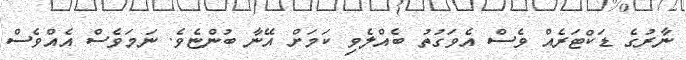
ނާރުގެ ޑަކްޓަރެއް ވެސް އެވަގުތު ބެއްލެވި ކަމަށް އޭނާ ބުންޏެވެ. ނަމަވެސް އެއްވެސް